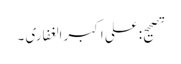
تصحیح: علی اکبر الغفاری ۔